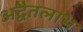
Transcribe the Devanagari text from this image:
अद्वैतलाभ